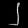
Digit: ၂